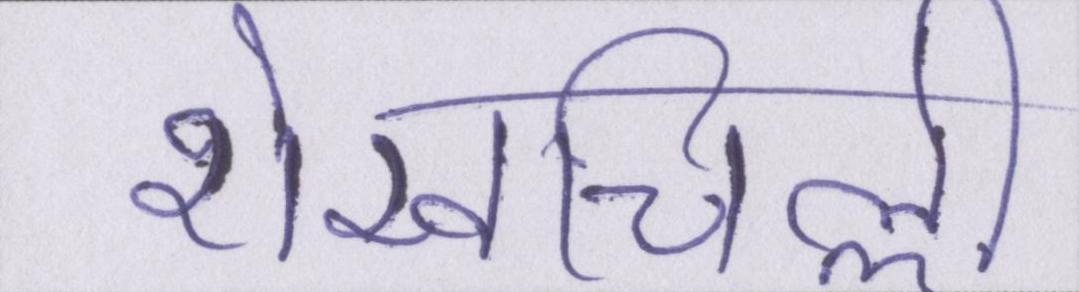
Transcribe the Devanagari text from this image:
शेखचिल्ली